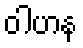
ဝါဟန